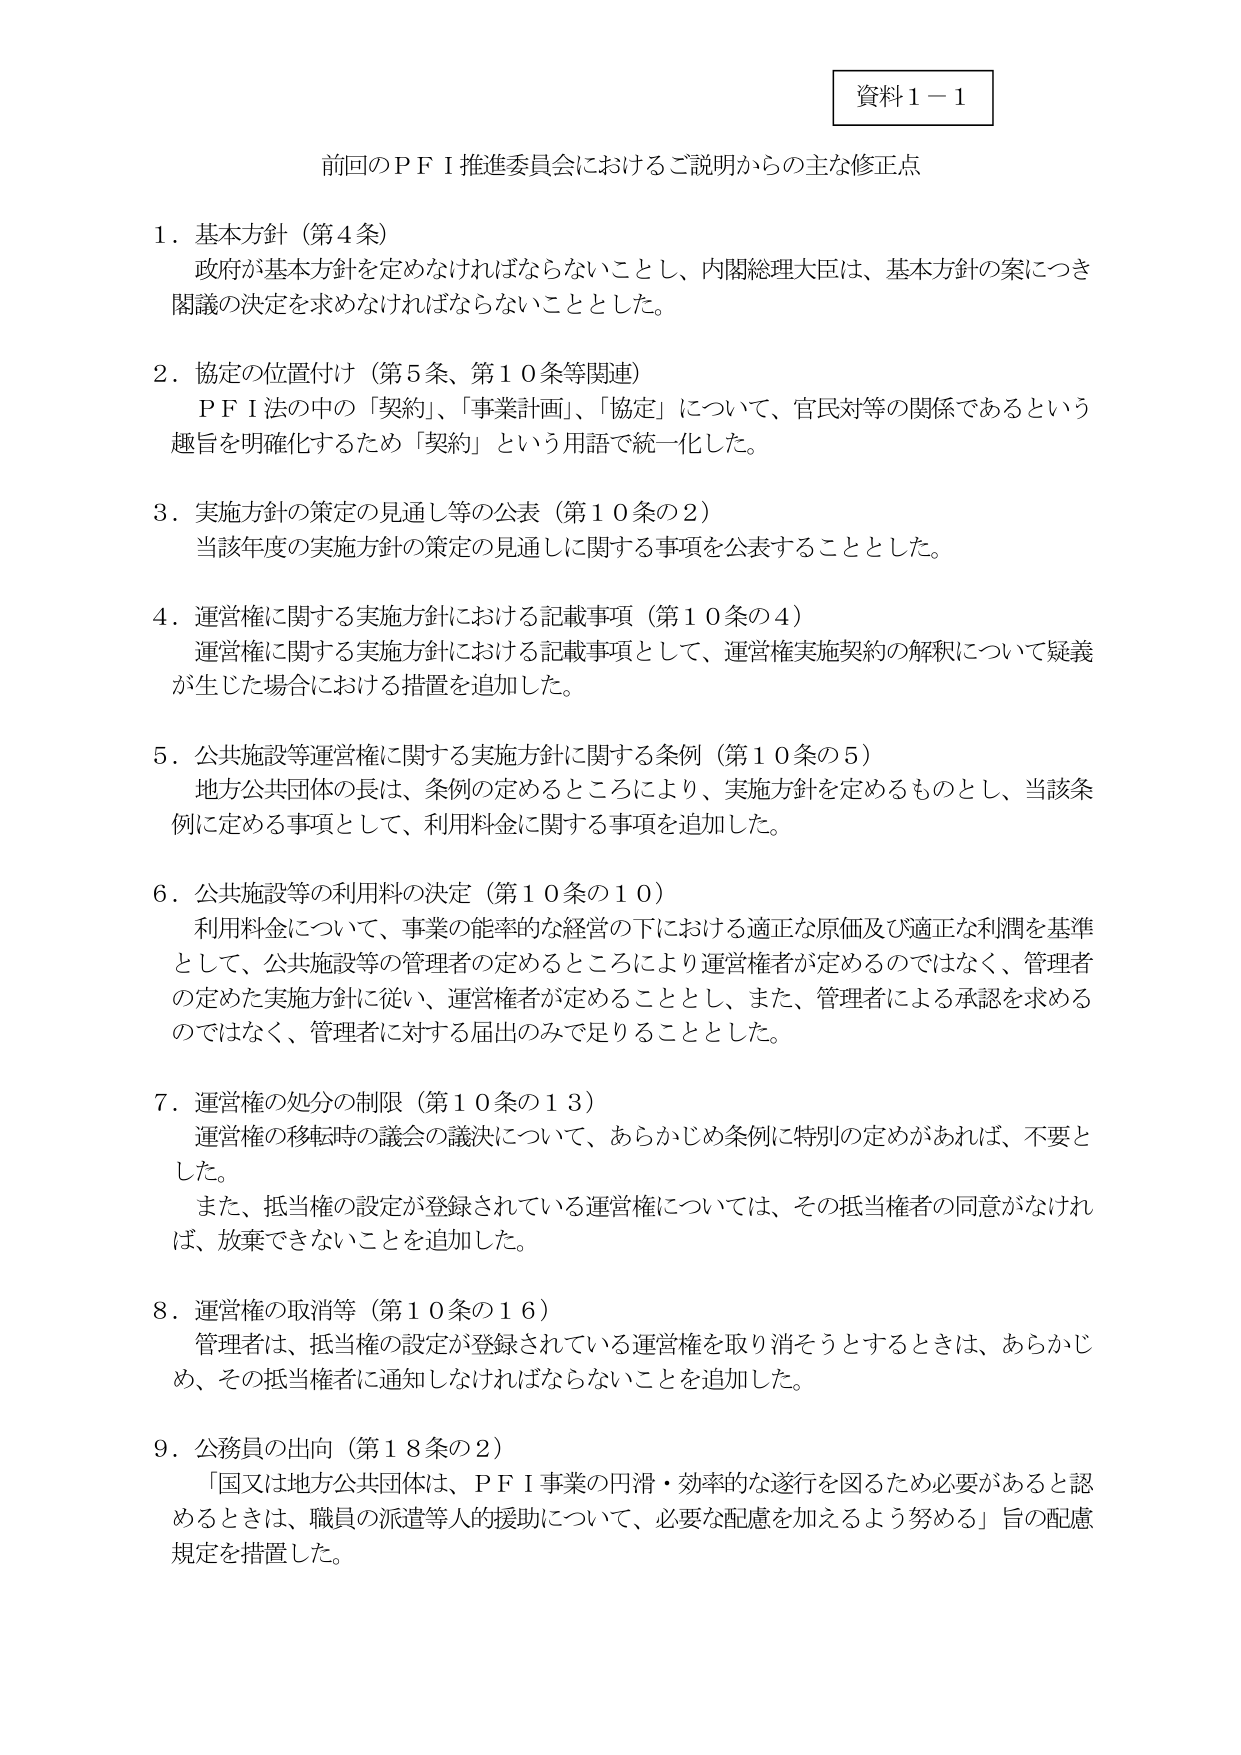
資料１－１

前回のＰＦＩ推進委員会におけるご説明からの主な修正点

１．基本方針（第４条）
政府が基本方針を定めなければならないことし、内閣総理大臣は、基本方針の案につき閣議の決定を求めなければならないこととした。

２．協定の位置付け（第５条、第１０条等関連）
ＰＦＩ法の中の「契約」、「事業計画」、「協定」について、官民対等の関係であるという趣旨を明確化するため「契約」という用語で統一化した。

３．実施方針の策定の見通し等の公表（第１０条の２）
当該年度の実施方針の策定の見通しに関する事項を公表することとした。

４．運営権に関する実施方針における記載事項（第１０条の４）
運営権に関する実施方針における記載事項として、運営権実施契約の解釈について疑義が生じた場合における措置を追加した。

５．公共施設等運営権に関する実施方針に関する条例（第１０条の５）
地方公共団体の長は、条例の定めるところにより、実施方針を定めるものとし、当該条例に定める事項として、利用料金に関する事項を追加した。

６．公共施設等の利用料の決定（第１０条の１０）
利用料金について、事業の能率的な経営の下における適正な原価及び適正な利潤を基準として、公共施設等の管理者の定めるところにより運営権者が定めるのではなく、管理者の定めた実施方針に従い、運営権者が定めることとし、また、管理者による承認を求めるのではなく、管理者に対する届出のみで足りることとした。

７．運営権の処分の制限（第１０条の１３）
運営権の移転時の議会の議決について、あらかじめ条例に特別の定めがあれば、不要とした。
また、抵当権の設定が登録されている運営権については、その抵当権者の同意がなければ、放棄できないことを追加した。

８．運営権の取消等（第１０条の１６）
管理者は、抵当権の設定が登録されている運営権を取り消そうとするときは、あらかじめ、その抵当権者に通知しなければならないことを追加した。

９．公務員の出向（第１８条の２）
「国又は地方公共団体は、ＰＦＩ事業の円滑・効率的な遂行を図るため必要があると認めるときは、職員の派遣等人的援助について、必要な配慮を加えるよう努める」旨の配慮規定を措置した。